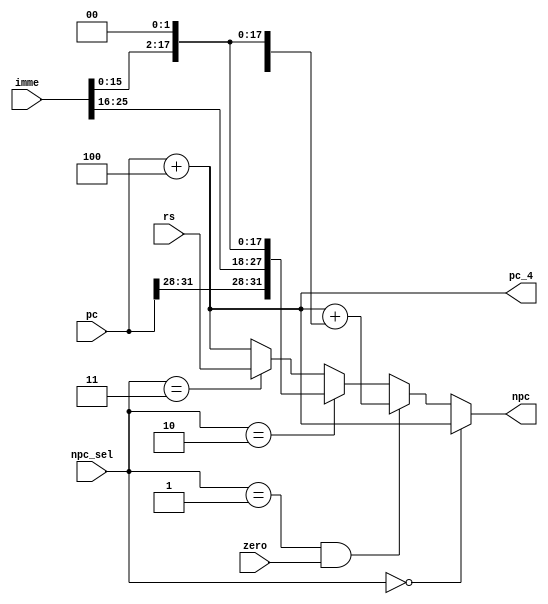
module npc (pc,npc_sel,zero,imme,rs,npc,pc_4); //next pc
    input  [25:0]   imme        ;           // clock and reset
    input  [31:0]   pc          ;           // next pc input
    input  [31:0]   rs          ;           // data in the $rs
    input  [1:0]    npc_sel     ;           // instr type
    input           zero        ;           // ctrl the operation
    output [31:0]   npc         ;           // ouput pc 
    output [31:0]   pc_4        ; 
    
    wire   [31:0]   npc , pc_4;
    wire   [15:0]   offset    ;
    
    assign  offset  = imme[15:0];           // set the offset   
    assign  pc_4    = pc + 4    ;           // ouput pc+4 
    
    parameter  R  = 2'b00,                  // other instruction
               BEQ= 2'b01,                  // BEQ
               J  = 2'b10,                  // J or JAL
               JR = 2'b11;                  // JR      
    
    assign  npc= (npc_sel==R)?   pc_4:
                 (npc_sel==BEQ&&zero)? pc_4+{{14{offset[15]}},offset,2'b0}:
                 (npc_sel==J)?   {pc[31:28],imme,2'b0}:
                 (npc_sel==JR)?  rs:
                                 pc_4;
endmodule